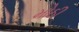
મોઠી